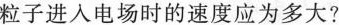
粒子进入电场时的速度应为多大?